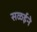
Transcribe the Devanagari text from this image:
सळईने